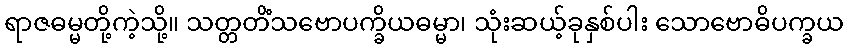
ရာဇဓမ္မတို့ကဲ့သို့။ သတ္တတိံသဗောပက္ခိယဓမ္မာ၊ သုံးဆယ့်ခုနှစ်ပါး သောဗောဓိပက္ခယ